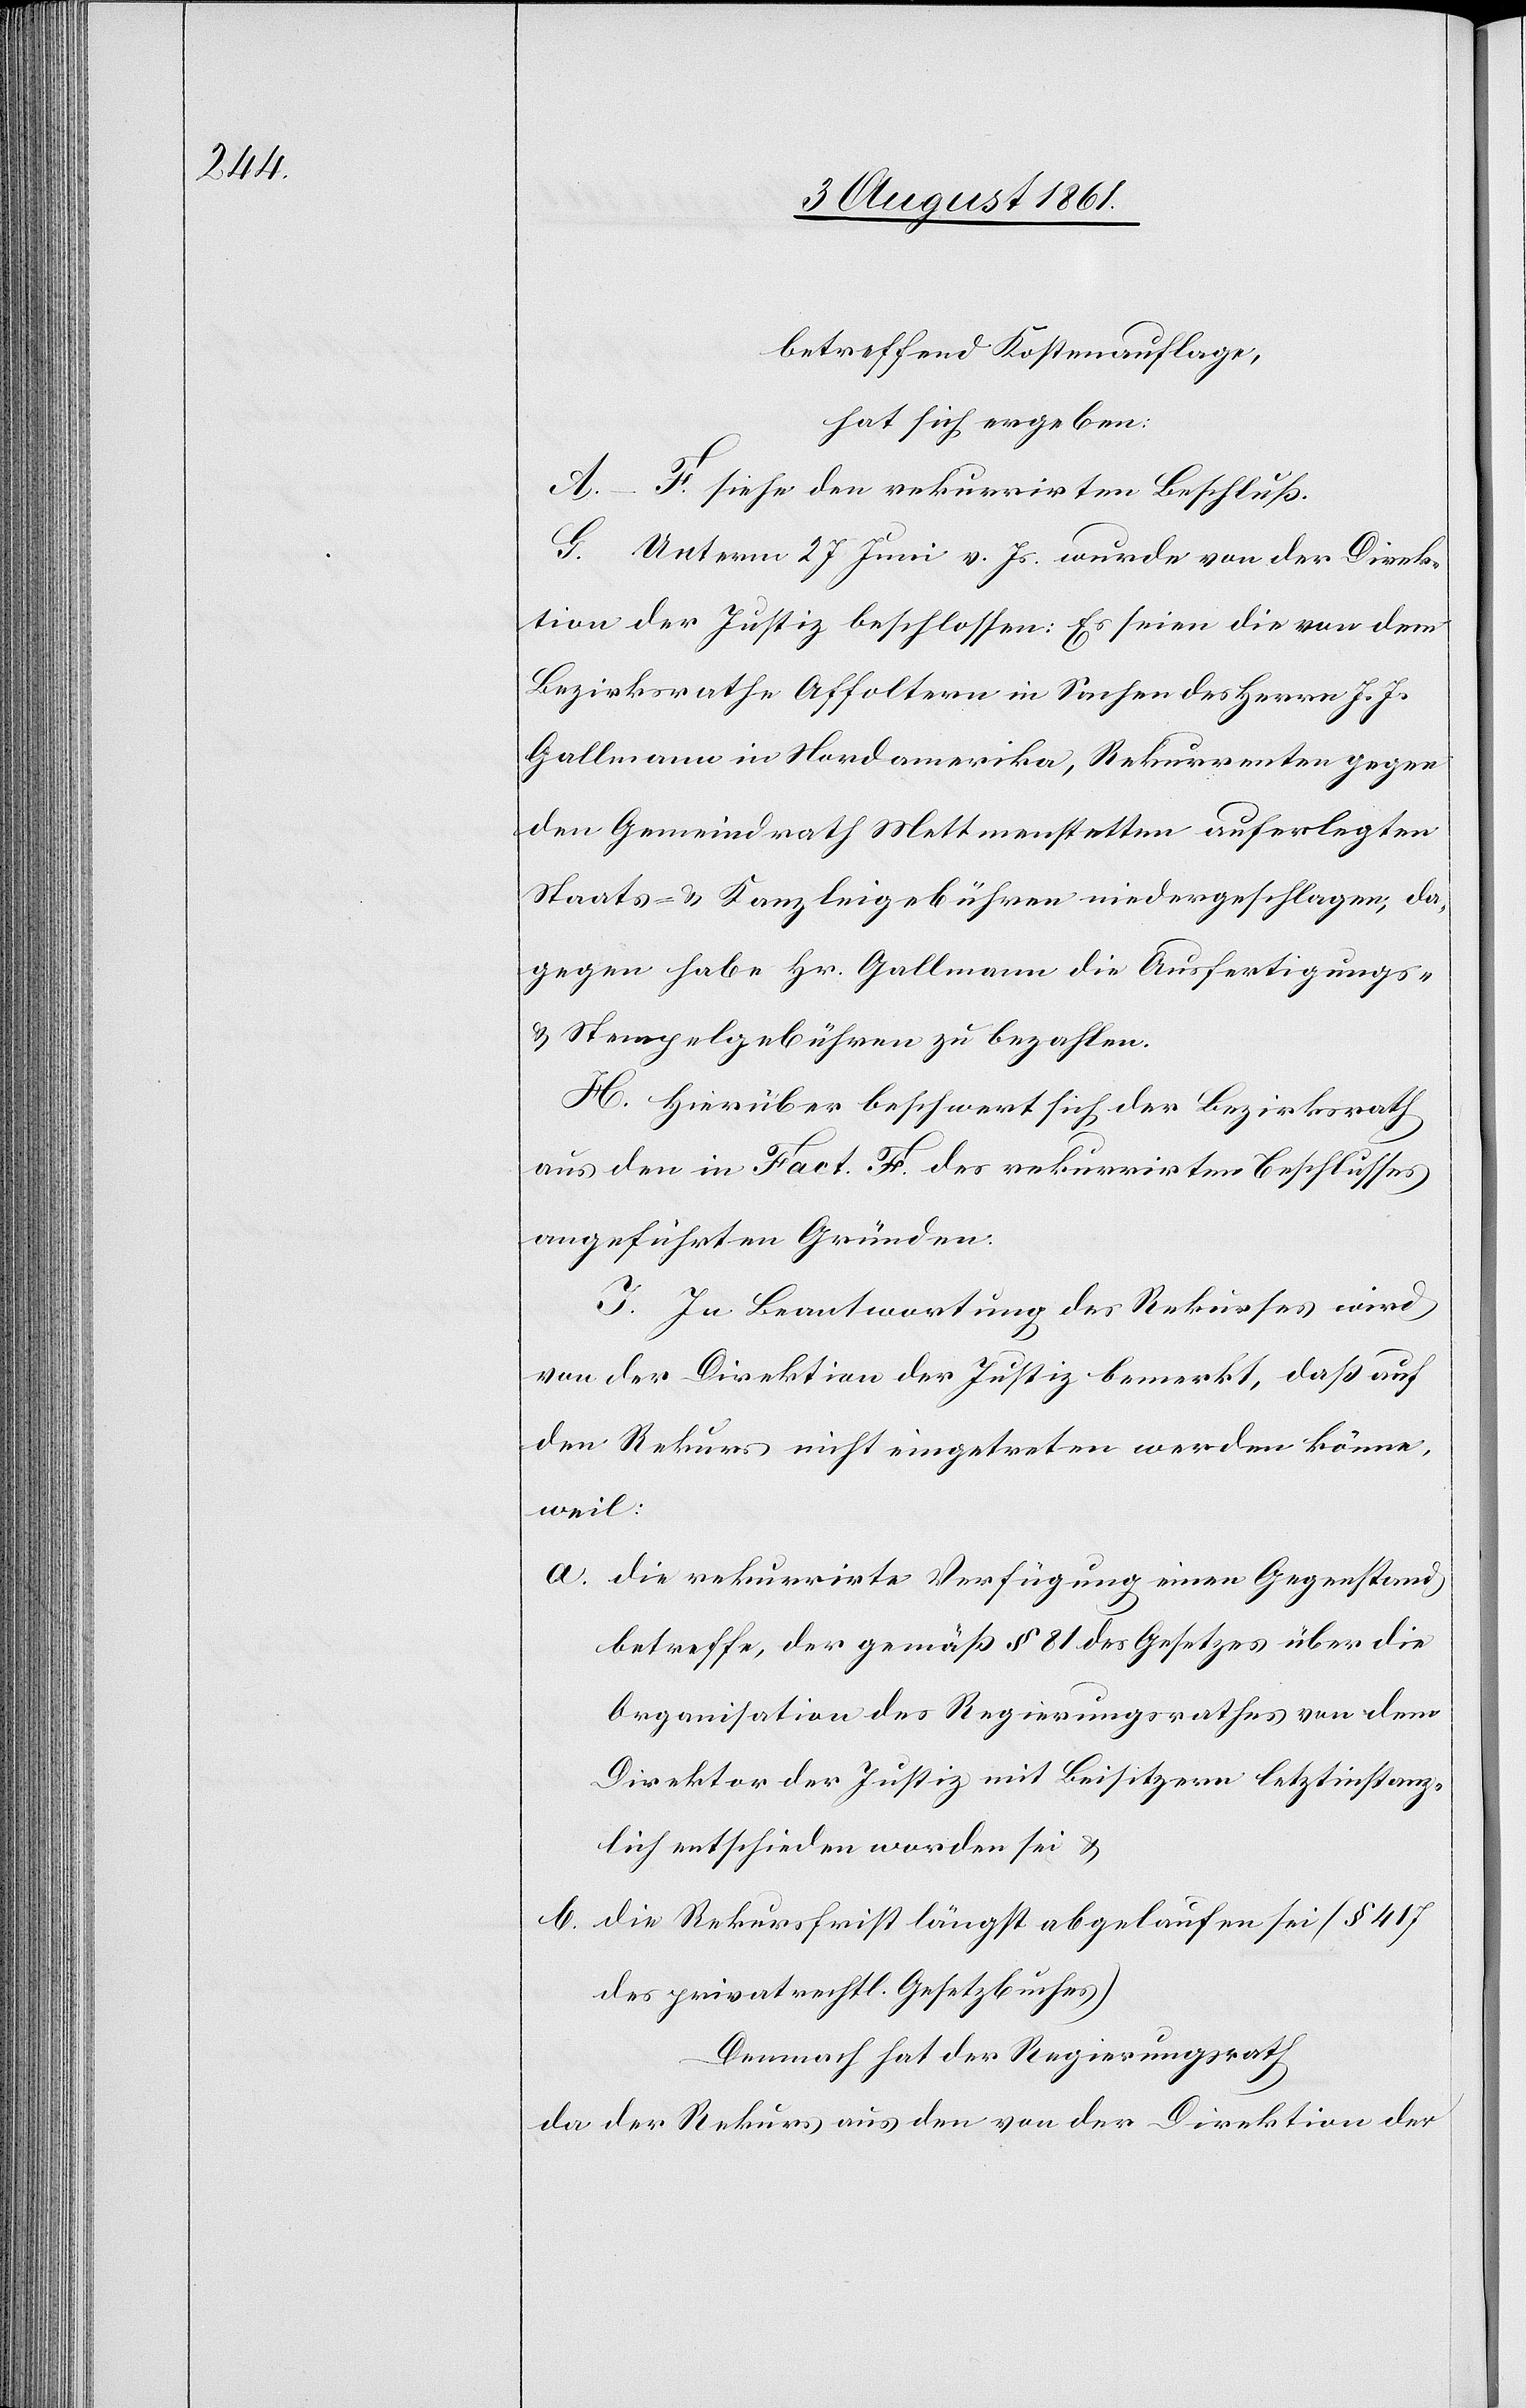
betreffend Kostenauflage,
hat sich ergeben:
A–F. siehe den rekurrirten Beschluß.
G. Unterm 27 Juni v. Js. wurde von der Direk¬
tion der Justiz beschlossen: Es seien die von dem
Bezirksrathe Affoltern in Sachen des Herrn J. J.
Gallmann in Nordamerika, Rekurrenten gegen
den Gemeindrath Mettmenstetten auferlegten
Staats- u. Kanzleigebühren niedergeschlagen, da¬
gegen habe Hr. Gallmann die Ausfertigungs-
u. Stempelgebühren zu bezahlen.
H. Hierüber beschwert sich der Bezirksrath
aus den in Fact. F. des rekurrirten Beschlusses
angeführten Gründen.
J. In Beantwortung des Rekurses wird
von der Direktion der Justiz bemerkt, daß auf
den Rekurs nicht eingetreten werden könne,
weil:
a. die rekurrirte Verfügung einen Gegenstand
betreffe, der gemäß § 81 des Gesetzes über die
Organisation des Regierungsrathes von der
Direktion der Justiz mit Beisitzern letztinstanz¬
lich entschieden worden sei u.
b. die Rekursfrist längst abgelaufen sei (§ 417
des privatrechtl. Gesetzbuches)
Demnach hat der Regierungsrath
da der Rekurs aus den von der Direktion der